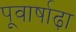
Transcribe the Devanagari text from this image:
पूवार्षाढ़ा